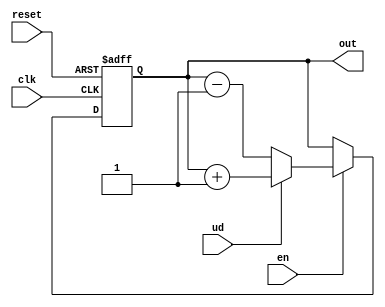
module ud_counter
#(	
	parameter N = 12	//number of bits the counter counts to
) (
	input clk, en, reset, ud, // ud = up down. if high, up
	output reg [N-1:0] out
);

initial out = 0;

always @ ( posedge clk or posedge reset)
begin
	if(reset)
		out = 0;
	else
	if (en)
	begin
		if(ud)
			out = out + 1'd1;
		else
			out = out - 1'd1;
	end
	else
		out = out;
end

endmodule